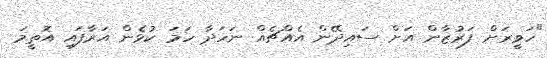
"ހަވީރަށް ފަރުޒާން އަށް ސައިދޭން އެއްޗެއް ނަހަދާ ހަމަ ކުޅެން އަރާފައި އޮތީމަ